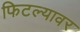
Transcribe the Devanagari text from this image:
फिटल्यावर